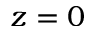
z = 0